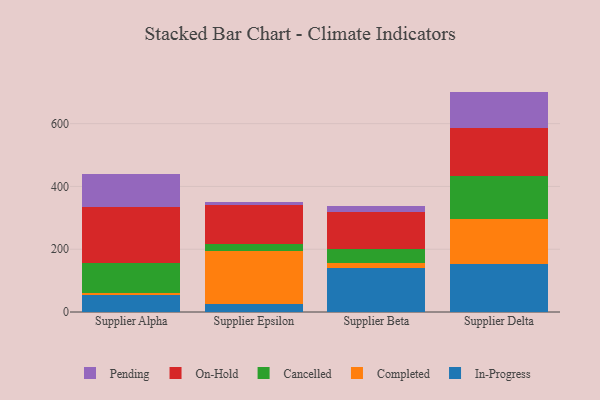
{"axis": {"x": "Supplier", "y": "Page Views"}, "legend": ["Cancelled", "Completed", "In-Progress", "On-Hold", "Pending"], "data": [{"x": "Supplier Alpha", "y": 52.9, "type": "In-Progress"}, {"x": "Supplier Alpha", "y": 8.2, "type": "Completed"}, {"x": "Supplier Alpha", "y": 94.5, "type": "Cancelled"}, {"x": "Supplier Alpha", "y": 179.0, "type": "On-Hold"}, {"x": "Supplier Alpha", "y": 103.9, "type": "Pending"}, {"x": "Supplier Epsilon", "y": 24.9, "type": "In-Progress"}, {"x": "Supplier Epsilon", "y": 169.3, "type": "Completed"}, {"x": "Supplier Epsilon", "y": 21.9, "type": "Cancelled"}, {"x": "Supplier Epsilon", "y": 123.4, "type": "On-Hold"}, {"x": "Supplier Epsilon", "y": 9.9, "type": "Pending"}, {"x": "Supplier Beta", "y": 139.7, "type": "In-Progress"}, {"x": "Supplier Beta", "y": 15.0, "type": "Completed"}, {"x": "Supplier Beta", "y": 44.8, "type": "Cancelled"}, {"x": "Supplier Beta", "y": 118.8, "type": "On-Hold"}, {"x": "Supplier Beta", "y": 20.0, "type": "Pending"}, {"x": "Supplier Delta", "y": 152.4, "type": "In-Progress"}, {"x": "Supplier Delta", "y": 145.2, "type": "Completed"}, {"x": "Supplier Delta", "y": 134.5, "type": "Cancelled"}, {"x": "Supplier Delta", "y": 152.4, "type": "On-Hold"}, {"x": "Supplier Delta", "y": 117.5, "type": "Pending"}]}